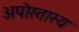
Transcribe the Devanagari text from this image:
अपोस्तास्य